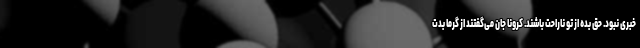
خبری نبود. حق بده از تو ناراحت باشند. کرونا جان می‌گفتند از گرما بدت